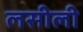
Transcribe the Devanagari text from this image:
लसीली